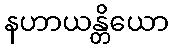
နဟာယန္တိယော